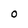
Character: 0